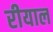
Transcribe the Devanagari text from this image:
रीयाल